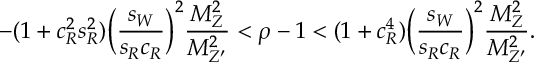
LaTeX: - ( 1 + c _ { R } ^ { 2 } s _ { R } ^ { 2 } ) \Bigl ( \frac { s _ { W } } { s _ { R } c _ { R } } \Bigr ) ^ { 2 } \frac { M _ { Z } ^ { 2 } } { M _ { Z ^ { \prime } } ^ { 2 } } < \rho - 1 < ( 1 + c _ { R } ^ { 4 } ) \Bigl ( \frac { s _ { W } } { s _ { R } c _ { R } } \Bigr ) ^ { 2 } \frac { M _ { Z } ^ { 2 } } { M _ { Z ^ { \prime } } ^ { 2 } } .